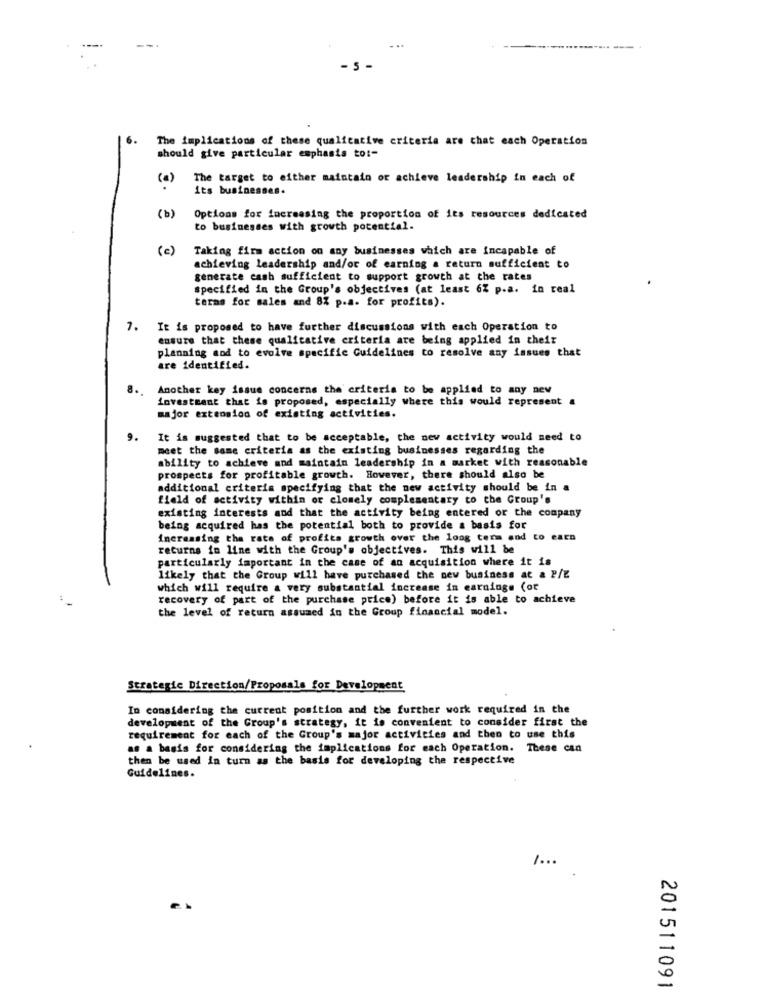
- 5
6.
The implications of these qualitative criteria are that each Operation
should give particular emphasis to :-
(a)
The target to either maintain or achieve leadership in each of
its businesses.
(b)
Options for increasing the proportion of its resources dedicated
to businesses with growth potential.
(c)
Taking firm action on any businesses which are incapable of
achieving leadership and/or of earning a return sufficient to
generate cash sufficient to support growth at the rates
specified in the Group's objectives (at least 6% p.a. in real
terms for sales and 8% p.a. for profits).
7. It is proposed to have further discussions with each Operation to
ensure that these qualitative criteria are being applied in theit
planning and to evolve specific Guidelines to resolve any issues that
are identified.
Another key issue concerns the criteria to be applied to any new
investment that is proposed, especially where this would represent a
major extension of existing activities.
9.
It is suggested that to be acceptable, the new activity would need to
meet the same criteria as the existing businesses regarding the
ability to achieve and maintain leadership in a market with reasonable
prospects for profitable growth. However, there should also be
additional criteria specifying that the new activity should be in a
field of activity within or closely complementary to the Group's
existing interests and that the activity being entered or the company
being acquired has the potential both to provide a basis for
increasing the rate of profits growth over the long term and to earn
returns in line with the Group's objectives. This will be
particularly important in the case of an acquisition where it is
likely that the Group will have purchased the new business at & P/E
which will require a very substantial increase in earnings (of
recovery of part of the purchase price) before it is able to achieve
the level of return assumed in the Group financial model.
Strategic Direction/Proposals for Development
In considering the current position and the further work required in the
development of the Group's strategy, it is convenient to consider first the
requirement for each of the Group's major activities and then to use this
as a basis for considering the implications for each Operation. These can
then be used in turn as the basis for developing the respective
Guidelines.
1.00
201511091